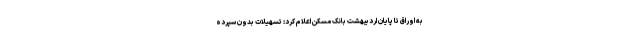
به اوراق تا پایان اردیبهشت بانک مسکن اعلام کرد: تسهیلات بدون سپرده